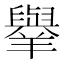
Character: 𦏜